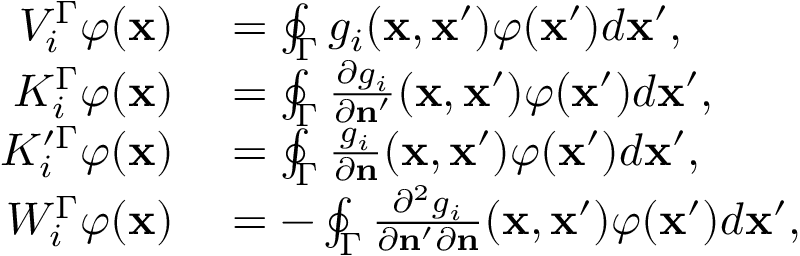
\begin{array} { r l } { V _ { i } ^ { \Gamma } \varphi ( \mathbf { x } ) } & { { } = \oint _ { \Gamma } g _ { i } ( \mathbf { x } , \mathbf { x } ^ { \prime } ) \varphi ( \mathbf { x } ^ { \prime } ) d \mathbf { x } ^ { \prime } , } \\ { K _ { i } ^ { \Gamma } \varphi ( \mathbf { x } ) } & { { } = \oint _ { \Gamma } \frac { \partial g _ { i } } { \partial \mathbf { n } ^ { \prime } } ( \mathbf { x } , \mathbf { x } ^ { \prime } ) \varphi ( \mathbf { x } ^ { \prime } ) d \mathbf { x } ^ { \prime } , } \\ { K _ { i } ^ { \prime \Gamma } \varphi ( \mathbf { x } ) } & { { } = \oint _ { \Gamma } \frac { g _ { i } } { \partial \mathbf { n } } ( \mathbf { x } , \mathbf { x } ^ { \prime } ) \varphi ( \mathbf { x } ^ { \prime } ) d \mathbf { x } ^ { \prime } , } \\ { W _ { i } ^ { \Gamma } \varphi ( \mathbf { x } ) } & { { } = - \oint _ { \Gamma } \frac { \partial ^ { 2 } g _ { i } } { \partial \mathbf { n } ^ { \prime } \partial \mathbf { n } } ( \mathbf { x } , \mathbf { x } ^ { \prime } ) \varphi ( \mathbf { x } ^ { \prime } ) d \mathbf { x } ^ { \prime } , } \end{array}